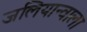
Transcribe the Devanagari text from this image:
जलियान्वाला